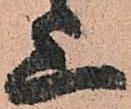
上